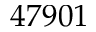
4 7 9 0 1